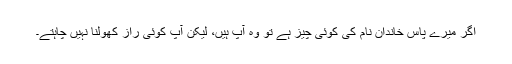
اگر میرے پاس خاندان نام کی کوئی چیز ہے تو وہ آپ ہیں، لیکن آپ کوئی راز کھولنا نہیں چاہتے۔